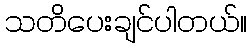
သတိပေးချင်ပါတယ်။